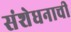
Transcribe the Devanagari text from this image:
संशेधनाची